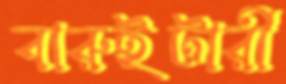
বারুইটারী